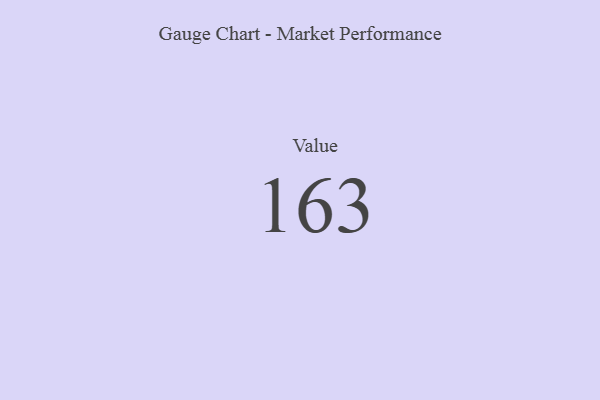
{"axis": {"x": "Metric", "y": "Value"}, "legend": [""], "data": [{"x": "Value", "y": 163, "type": ""}]}